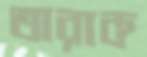
তারাক